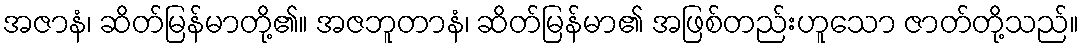
အဇာနံ၊ ဆိတ်မြန်မာတို့၏။ အဇဘူတာနံ၊ ဆိတ်မြန်မာ၏ အဖြစ်တည်းဟူသော ဇာတ်တို့သည်။